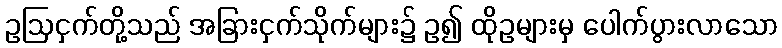
ဥဩငှက်တို့သည် အခြားငှက်သိုက်များ၌ ဥ၍ ထိုဥများမှ ပေါက်ပွားလာသော